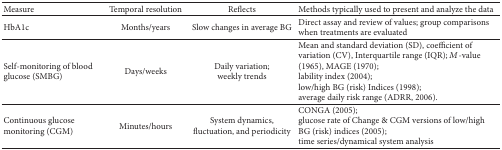
<table><thead><tr><td><b>Measure</b></td><td><b>Temporal resolution</b></td><td><b>Reflects</b></td><td><b>Methods typically used to present and analyze the data</b></td></tr></thead><tbody><tr><td>HbA1c</td><td>Months/years</td><td>Slow changes in average BG </td><td>Direct assay and review of values; group comparisons when treatments are evaluated</td></tr><tr><td>Self-monitoring of blood glucose (SMBG)</td><td>Days/weeks</td><td>Daily variation;weekly trends</td><td>Mean and standard deviation (SD), coefficient of variation (CV), Interquartile range (IQR); <i>M</i>-value (1965), MAGE (1970); lability index (2004);low/high BG (risk) Indices (1998); average daily risk range (ADRR, 2006).</td></tr><tr><td>Continuous glucose monitoring (CGM)</td><td>Minutes/hours</td><td>System dynamics, fluctuation, and periodicity</td><td>CONGA (2005);glucose rate of Change &amp; CGM versions of low/high BG (risk) indices (2005);time series/dynamical system analysis</td></tr></tbody></table>